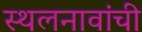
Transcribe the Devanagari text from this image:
स्थलनावांची